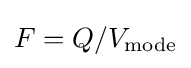
F=Q/V_{\text{mode}}